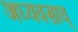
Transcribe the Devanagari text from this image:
अध्यवसाय्